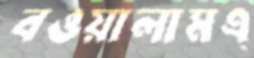
বওয়ালামএ্